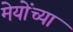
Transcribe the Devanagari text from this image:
मेयोंच्या